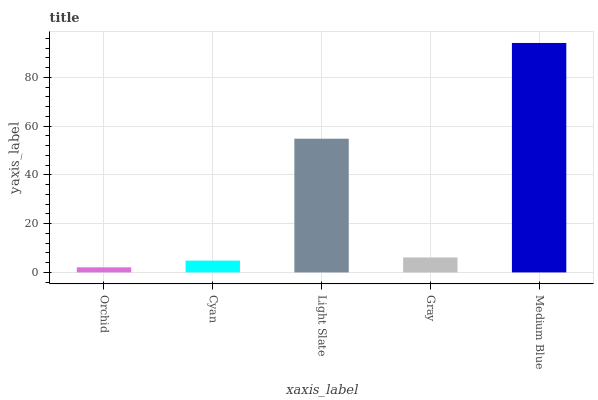
| xaxis_label | bars |
 | --- | --- |
 | Orchid | 2.08 |
 | Cyan | 4.83 |
 | Light Slate | 54.8 |
 | Gray | 6.14 |
 | Medium Blue | 94.1 |